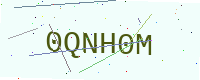
Text: 0QNH0M